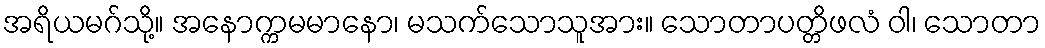
အရိယမဂ်သို့။ အနောက္ကမမာနော၊ မသက်သောသူအား။ သောတာပတ္တိဖလံ ဝါ၊ သောတာ